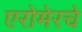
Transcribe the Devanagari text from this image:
एरोमेरचे